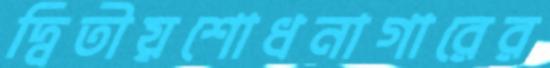
দ্বিতীয়শোধনাগারের